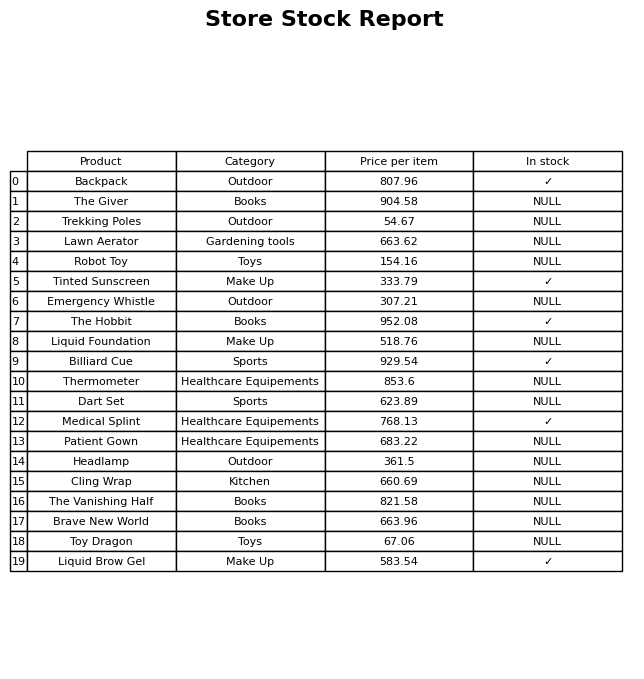
question: Is the Liquid Foundation in stock?
answer: NULL